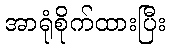
အာရုံစိုက်ထားပြီး